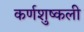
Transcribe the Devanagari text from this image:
कर्णशुष्कली